Report on horse surra - Volume I
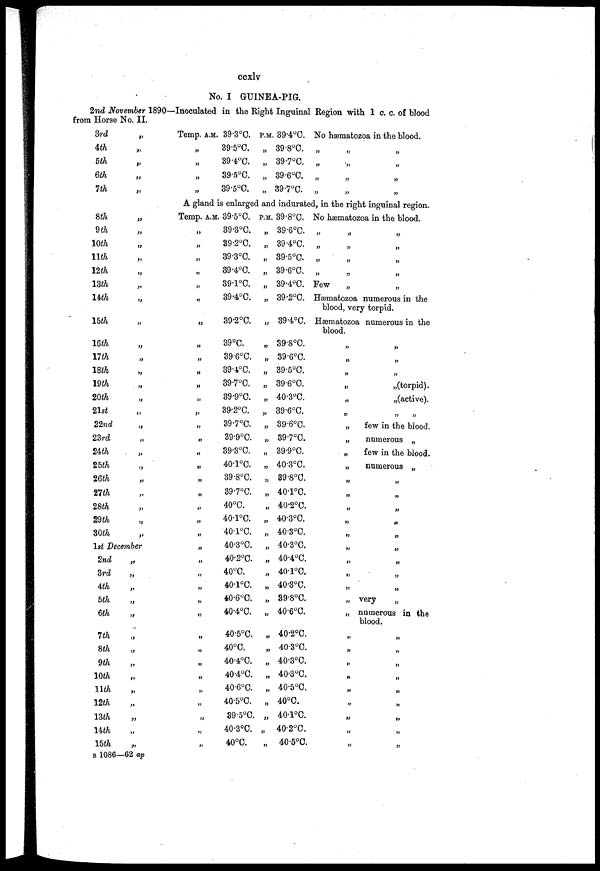
ccxlv
No. I GUINEA-PIG.
2nd November 1890—Inoculated in the Right Inguinal Region with 1 c. c. of blood
from Horse No. II.
3rd
4th
5th
6th
7th
„
„
„
„
„
Temp. A.M.
„
„
„
„
39.3°C.
39.5°C.
39.4°C.
39.5°C.
39.5°C.
P.M. 39.4°C.
„ 39.8°C.
„ 39.7°C.
„ 39.6°C.
„ 39.7°C.
No hæmatozoa in
„ „
„ „
„
„
„ „
the blood.
„
„
„
„
A gland is enlarged and indurated, in the right inguinal region.
8th
9th
10th
11th
12th
13th
14th
15th
16th
17th
18th
19th
20th
21st
22nd
23rd
24th
25th
26th
27th
28th
29th
30th
„
„
„
„
„
„
„
„
„
„
„
„
„
„
„
„
„
„
„
„
„
„
„
1st December
2nd
3rd
4th
5th
6th
7th
8th
9th
10th
11th
12th
13th
14th
15th
„
„
„
„
„
„
„
„
„
„
„
„
„
„
Temp. A.M.
„
„
„
„
„
„
„
„
„
„
„
„
„
„
„
„
„
„
„
„
„
„
„
„
„
„
„
„
„
„
„
„
„
„
„
„
„
39.5°C.
39.3°C.
39.2°C.
39.3°C.
39.4°C.
39.1°C.
39.4°C.
39.2°C.
39°C.
39.6°C.
39.4°C.
39.7°C.
39.9°C.
39.2°C.
39.7°C.
39.9°C.
39.3°C.
40.1°C.
39.8°C.
39.7°C.
40°C.
40.1°C.
40.1°C.
40.3°C.
40.2°C.
40°C.
40.1°C.
40.6°C.
40.4°C.
40.5°C.
40°C.
40.4°C.
40.4°C.
40.6°C.
40.5°C.
39 .5°C.
40.3°C.
40°C.
P.M. 39.8°C.
„ 39.6°C.
„ 39.4°C.
„ 39.5°C.
„ 39.6°C.
„ 39.4°C.
„ 39.2°C.
„ 39.4°C.
„ 39.8°C.
„ 39.6°C.
„ 39.5°C.
„ 39.6°C.
„ 40.3°C.
„ 39.6°C.
„ 39.6°C.
„ 39.7°C.
„ 39.9°C.
„ 40.3°C.
„ 39.8°C.
„ 40.1°C.
„ 40.2°C.
„ 40.3°C.
„ 40.3°C.
„ 40.3°C.
„ 40.4°C.
„ 40.1°C.
„ 40.3°C.
„ 39.8°C.
„ 40.6°C.
„ 40.2°C.
„ 40.3°C.
„ 40.3°C.
„ 40.3°C.
„ 40.5°C.
„ 40°C.
„ 40.1°C.
„ 40.2°C.
„ 40.5°C.
No hæmatozoa in the blood.
„
„
„
„
„
„
„
„
Few
„
„
„
„
„
„
Hæmatozoa numerous in the
blood, very torpid.
Hæmatozoa numerous in the
blood.
„
„
„
„
„
„
„
„
„
„
„
„
„
„
„
„
„
„
„
„
„
„
„
„
„
„
„
„
„
„
„
„
„
„(torpid).
„(active).
„
„
few in the blood.
numerous „
few in the blood.
numerous „
very
„
„
„
„
„
„
„
„
„
„
numerous in the
blood.
„
„
„
„
„
„
„
„
„
B 1086—62 ap